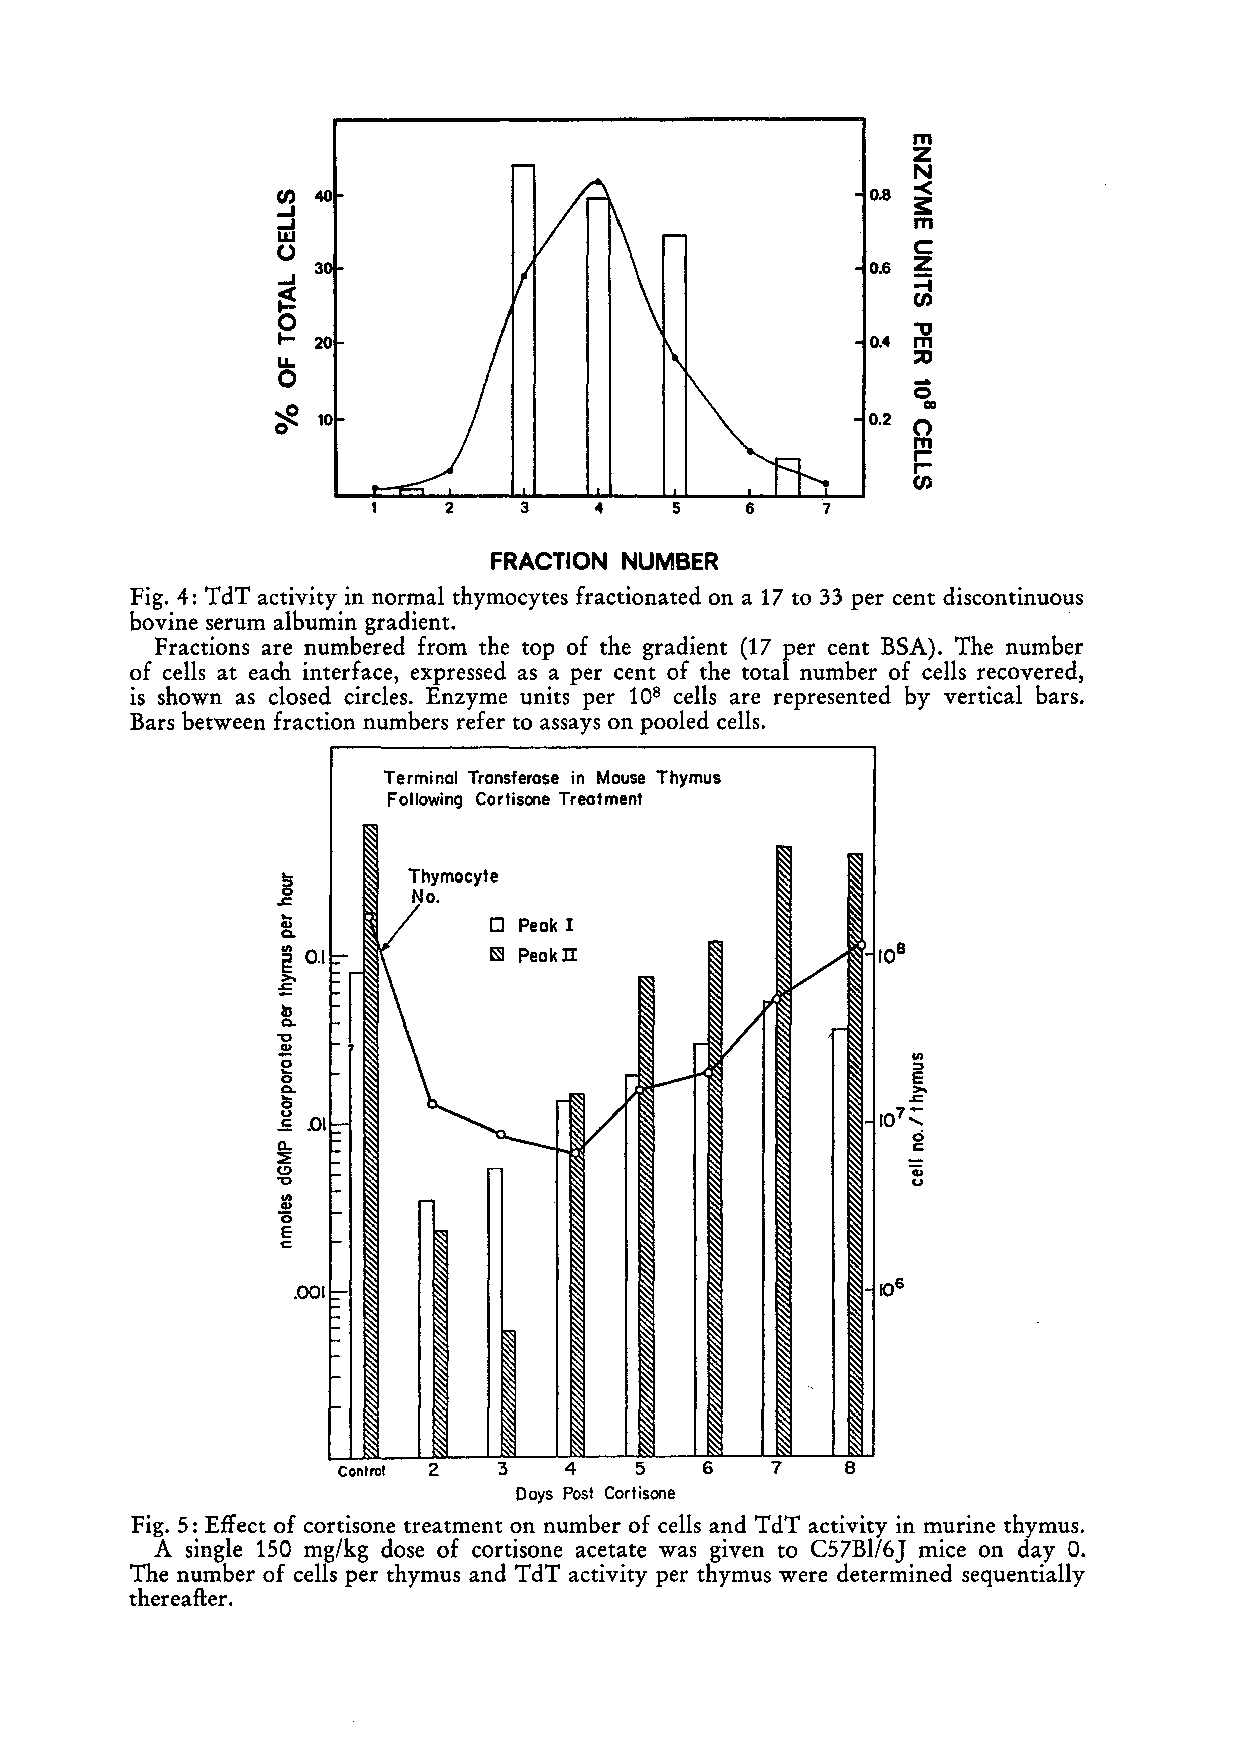
m
 Z
 N
 <
 U) 40                                  0.8 3:
 -I
 Lrl                                       m
 o                                         C
 -I 3                                   0.6 =Z i
 ~                                         CI>
 o
 ."
 t- 20                                  0.4 m ..
 LoL.                                      ::0
 Q
 co
 ~ o 10                                  0.2 0
 m
 r
 r
 CI>
 FRACTION NUMBER
 Fig. 4: TdT activity in normal thymocytes fractionated on a 17 to 33 per cent discontinuous
 bovine serum albumin gradient.
 Fractions are numbered from the top of the gradient (17 per cent BSA). The number
 of cells at each interface, expressed as a per cent of the total number of cells recovered,
 is shown as closed circles. Enzyme units per 108 cells are represented by vertical bars.
 Bars between fr action numbers refer to assays on pooled cells.
 Terminal Transferase in Mause Thymus
 Following Cortisone Treatment
 ~
 ....c.
 CaI>.           Peak 1
 I En 0.1 -      Peak II           /
 >-
 ;:
 b
 a.
 "C
 .l.!.!.
 In
 0 a0 .                                    E >~
 ..c
 ~
 -u= .0 1::-                            107~
 -                                      ci
 0...                                      c
 ~  -
 (!)                                      Gi
 "C -                                      u
 CIn I> -
 Ö
 E  -
 c:
 .001-::-
 I-
 Conlrol 2 3    4   5    6   7    8
 Doys Post Cortisone
 Fig. 5: Effect of cortisone treatment on number of cells and TdT activity in murine thymus.
 A  single 150 mg/kg dose of cortisone acetate was given to C57Bl/6] mice on day O.
 The number of cells per thymus and TdT activity per thymus were determined sequentially
 thereafter.